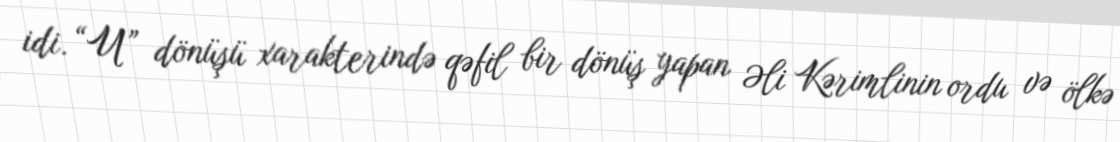
idi. “U” dönüşü xarakterində qəfil bir dönüş yapan Əli Kərimlinin ordu və ölkə